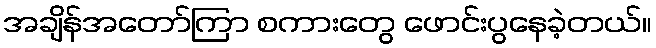
အချိန်အတော်ကြာ စကားတွေ ဖောင်းပွနေခဲ့တယ်။